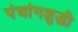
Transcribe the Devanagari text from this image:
पंचांगशुद्धी